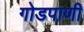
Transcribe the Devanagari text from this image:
गोडपाणी